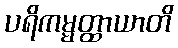
ပရိကမ္မတ္ထာယာတိ